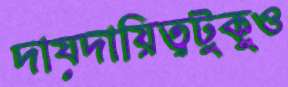
দায়দায়িত্বটুকুও